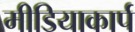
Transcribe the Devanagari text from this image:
मीडियाकार्प